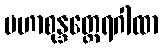
မဟာစုန္ဒတ္ထေရဂါထာ